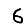
Digit: 6